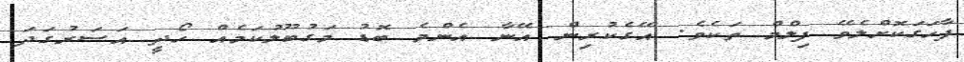
ފާހަގަކޮށްލެވޭ ފިލްމް ތަކެވެ. އޭގެކުރިން އޭނާ އެންމެ ބޮޑު މަގުބޫލުކަމެއް ހޯދީ އަސަރުގަދަ